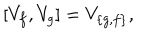
[ V _ { f } , V _ { g } ] = V _ { \{ g , f \} } ,